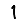
Digit: 1